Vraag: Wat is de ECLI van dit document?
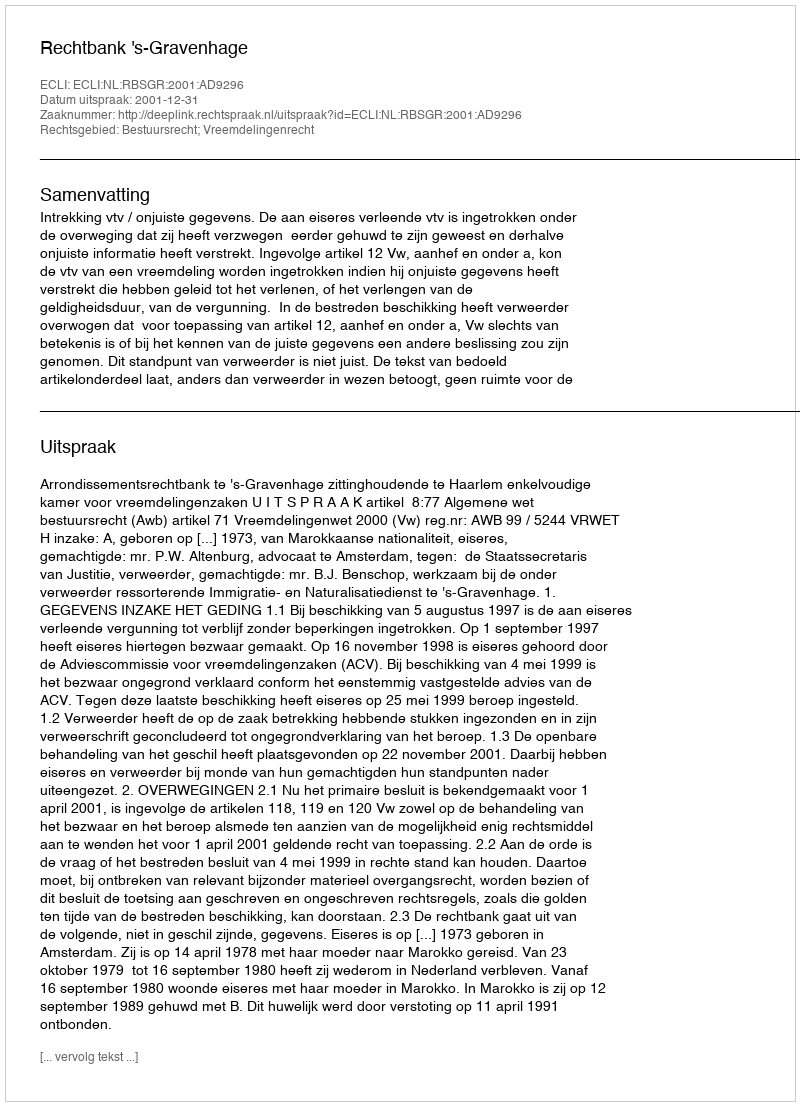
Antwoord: ECLI:NL:RBSGR:2001:AD9296